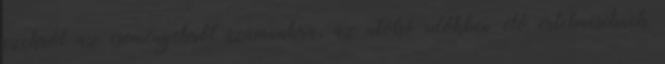
ezekről az eseményekről számunkra, az utolsó időkben élő értelmeseknek